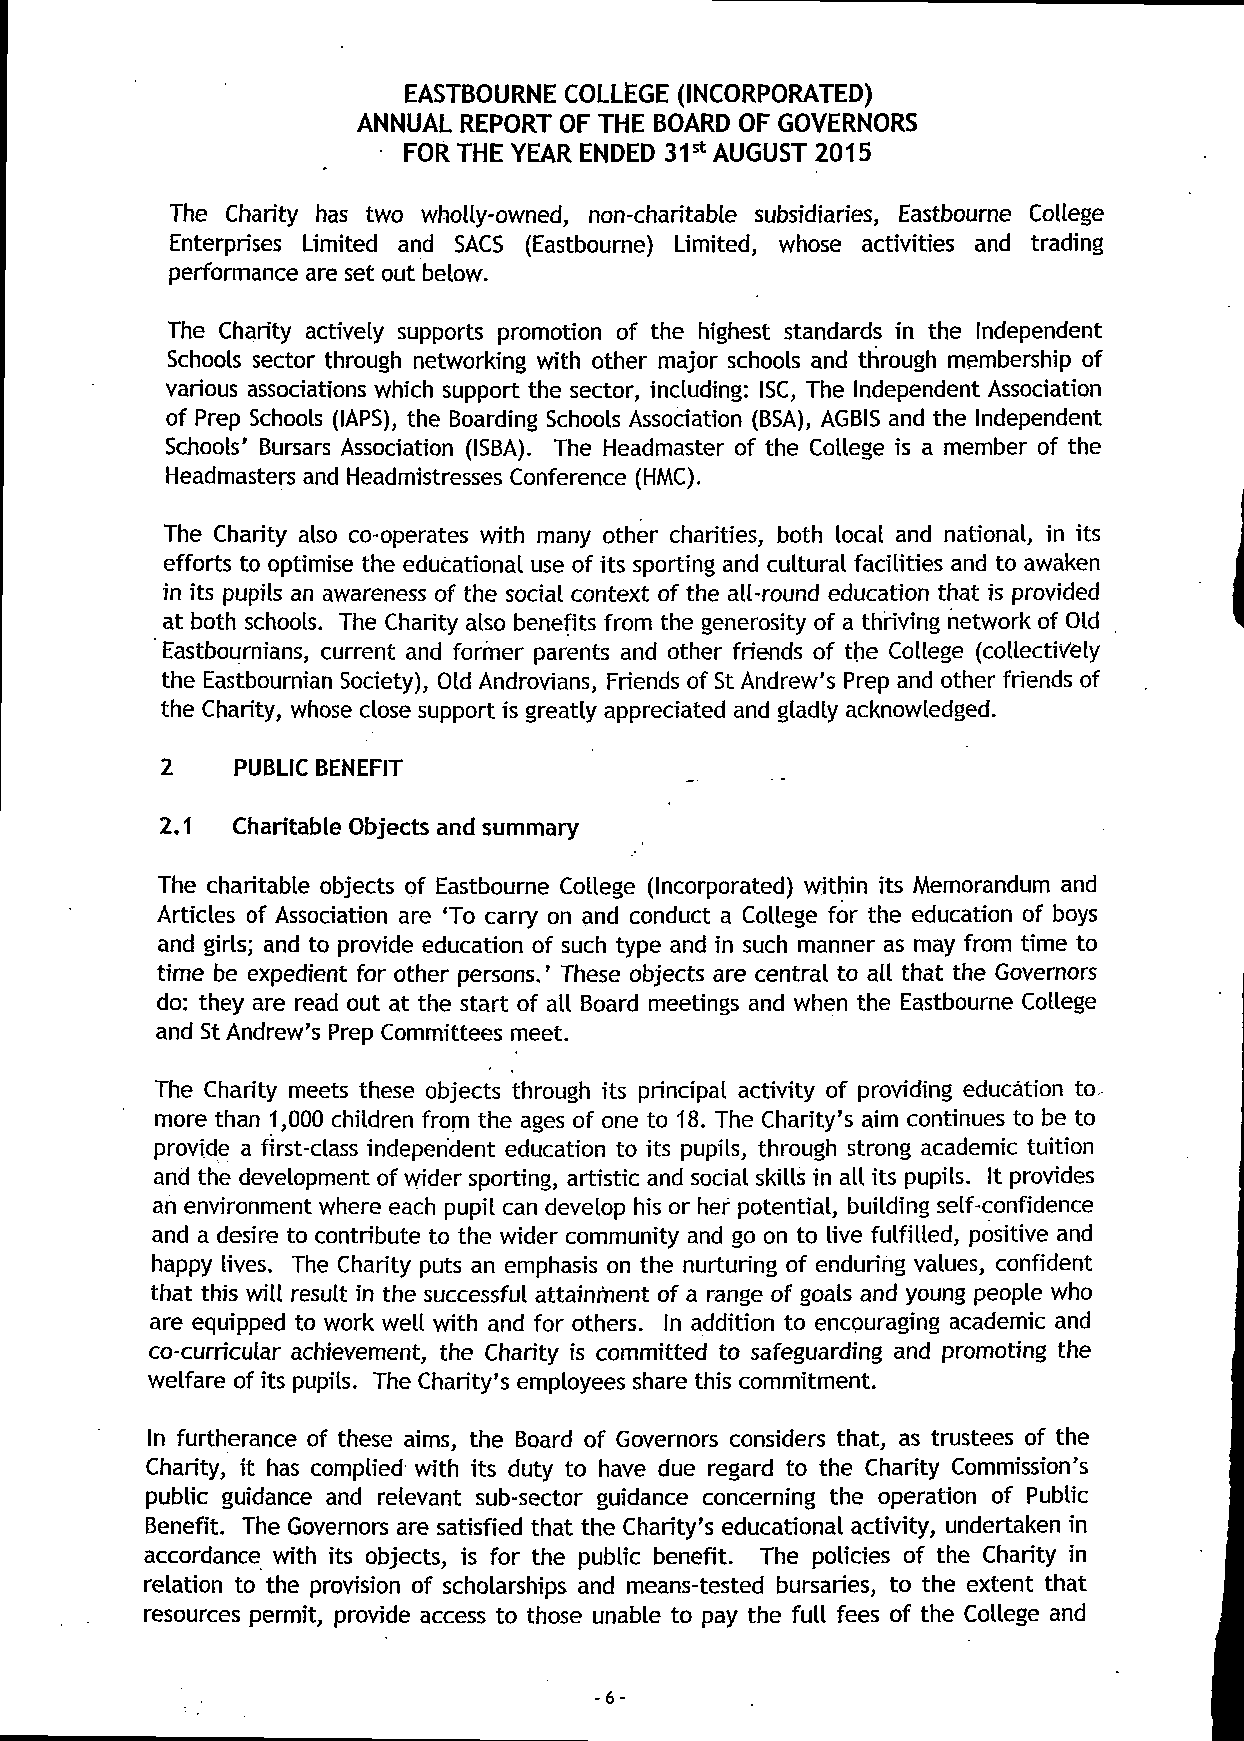
EASTBOURNE COLLEGE (INCORPORATED)
 ANNUAL REPORT OF THE BOARD OF GOVERNORS
 FOR THE YEAR ENDED 31st AUGUST 2015
 The Charity has two wholly-owned, non-charitable subsidiaries, Eastbourne College
 Enterprises Limited and SACS (Eastbourne) Limited, whose activities and trading
 performance are set out below.
 The Charity actively supports promotion of the highest standards in the Independent
 Schools sector through networking with other major schools and through membership of
 various associations which support the sector, including: ISC, The Independent Association
 of Prep Schools (IAPS), the Boarding Schools Association (BSA), AGBIS and the Independent
 Schools' Bursars Association (ISBA). The Headmaster of the College is a member of the
 Headmasters and Headmistresses Conference (HMC).
 The Charity also co-operates with many other charities, both local and national, in its
 efforts to optimise the educational use of its sporting and cultural facilities and to awaken
 in its pupils an awareness of the social context of the all-round education that is provided
 at both schools. The Charity also benefits from the generosity of a thriving network of Old
 Eastbournians, current and former parents and other friends of the College (collectively
 the Eastbournian Society), Old Androvians, Friends of St Andrew's Prep and other friends of
 the Charity, whose close support is greatly appreciated and gladly acknowledged.
 2    PUBLIC BENEFIT
 2.1 Charitable Objects and summary
 The charitable objects of Eastbourne College (Incorporated) within its Memorandum and
 Articles of Association are 'To carry on and conduct a College for the education of boys
 and girls; and to provide education of such type and in such manner as may from time to
 time be expedient for other persons.' These objects are central to all that the Governors
 do: they are read out at the start of all Board meetings and when the Eastbourne College
 and St Andrew's Prep Committees meet.
 The Charity meets these objects through its principal activity of providing education to.
 more than 1,000 children from the ages of one to 18. The Charity's aim continues to be to
 provide a first-class independent education to its pupils, through strong academic tuition
 and the development of wider sporting, artistic and social skills in all its pupils. It provides
 an environment where each pupil can develop his or her potential, building self-confidence
 and a desire to contribute to the wider community and go on to live fulfilled, positive and
 happy lives. The Charity puts an emphasis on the nurturing of enduring values, confident
 that this will result in the successful attainment of a range of goals and young people who
 are equipped to work well with and for others. In addition to encouraging academic and
 co-curricular achievement, the Charity is committed to safeguarding and promoting the
 welfare of its pupils. The Charity's employees share this commitment.
 In furtherance of these aims, the Board of Governors considers that, as trustees of the
 Charity, it has complied with its duty to have due regard to the Charity Commission's
 public guidance and relevant sub-sector guidance concerning the operation of Public
 Benefit. The Governors are satisfied that the Charity's educational activity, undertaken in
 accordance with its objects, is for the public benefit. The policies of the Charity in
 relation to the provision of scholarships and means-tested bursaries, to the extent that
 resources permit, provide access to those unable to pay the full fees of the College and